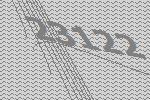
23122